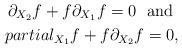
LaTeX: \begin{align*}\partial_{X_2}f + f\partial_{X_1}f=0 \ \ \mbox{and} \ \\partial_{X_1}f + f\partial_{X_2}f=0,\end{align*}